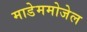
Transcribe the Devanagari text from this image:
माडेममोजेल